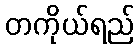
တကိုယ်ရည်